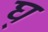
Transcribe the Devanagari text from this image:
घ्‌